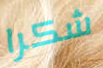
شكرا